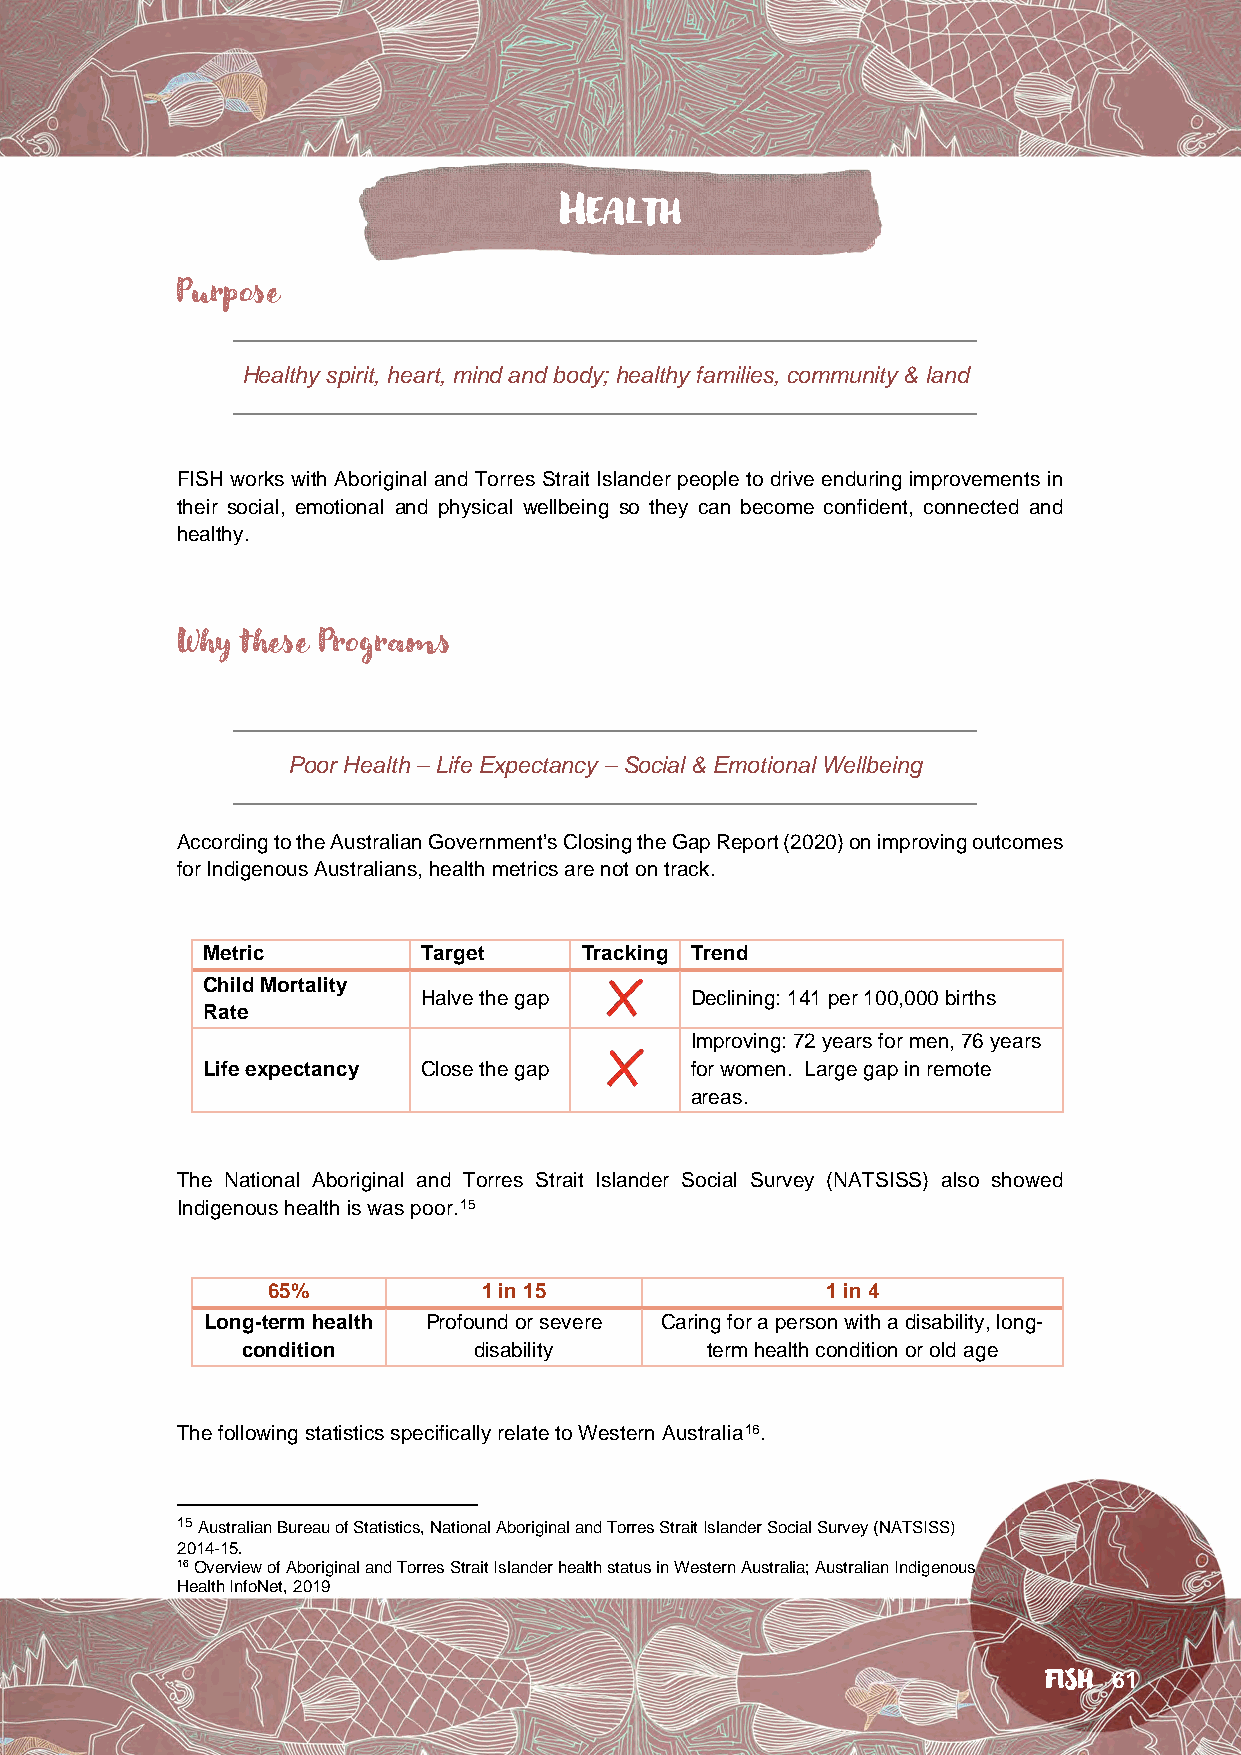
HEALTH
 Purpose
 Healthy spirit, heart, mind and body; healthy families, community & land
 FISH works with Aboriginal and Torres Strait Islander people to drive enduring improvements in
 their social, emotional and physical wellbeing so they can become confident, connected and
 healthy.
 Why these Programs
 Poor Health – Life Expectancy – Social & Emotional Wellbeing
 According to the Australian Government’s Closing the Gap Report (2020) on improving outcomes
 for Indigenous Australians, health metrics are not on track.
 Metric        Target     Tracking Trend
 Child Mortality
 Halve the gap     Declining: 141 per 100,000 births
 Rate
 Improving: 72 years for men, 76 years
 Life expectancy Close the gap   for women. Large gap in remote
 areas.
 The National Aboriginal and Torres Strait Islander Social Survey (NATSISS) also showed
 Indigenous health is was poor.15
 65%           1 in 15                1 in 4
 Long-term health Profound or severe Caring for a person with a disability, long-
 condition       disability     term health condition or old age
 The following statistics specifically relate to Western Australia16.
 15 Australian Bureau of Statistics, National Aboriginal and Torres Strait Islander Social Survey (NATSISS)
 2014-15.
 16 Overview of Aboriginal and Torres Strait Islander health status in Western Australia; Australian Indigenous
 Health InfoNet, 2019
 FISH 61